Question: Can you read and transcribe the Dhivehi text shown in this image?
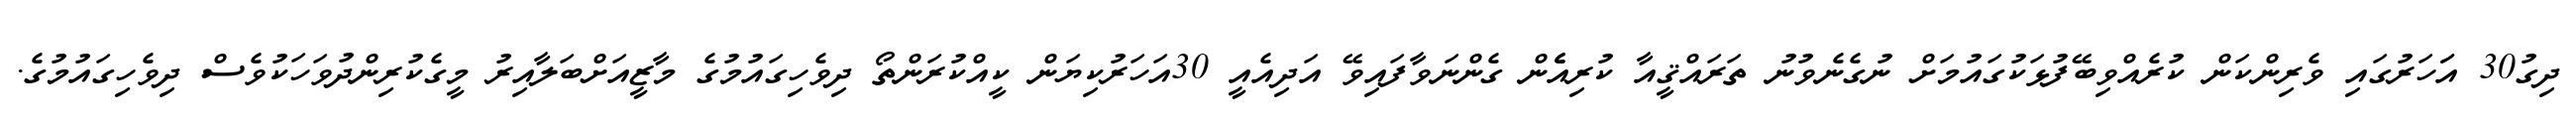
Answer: ދިގު30 އަަހަރުގައި ވެރިންކަން ކުރެއްވިބޭފުޅަކުގައުމަށް ނުގެނެވުނު ތަރައްޤީއާ ކުރިއެެން ގެންނަވާފައިވޭ އަދިއެއީ 30އަހަރުކިޔަން ކީއްކުރަންތޯ ދިވެހިގައުމުގެ މާޒީއަށްބަލާއިރު މީގެކުރިންދުވަހަކުވެސް ދިވެހިގައުމުގެ.